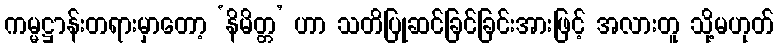
ကမ္မဋ္ဌာန်းတရားမှာတော့ ‘နိမိတ္တ’ ဟာ သတိပြုဆင်ခြင်ခြင်းအားဖြင့် အလားတူ သို့မဟုတ်